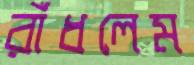
রাঁধলেম